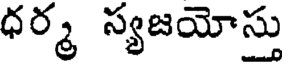
ధర్మ స్యజయోస్తు